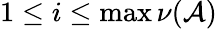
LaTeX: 1\leq i\leq\operatorname*{max}\nu(\mathcal{A})